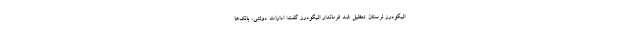
الیگودرز لرستان تعطیل شد فرماندار الیگودرز گفت: ادارات دولتی، بانک‌ها